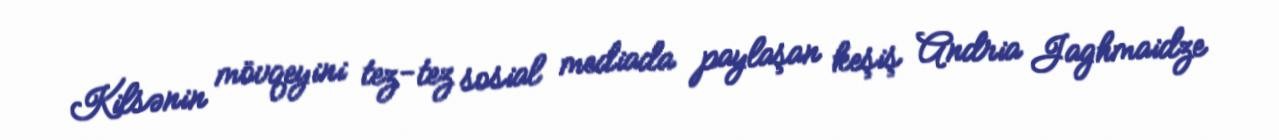
Kilsənin mövqeyini tez-tez sosial mediada paylaşan keşiş Andria Jaghmaidze